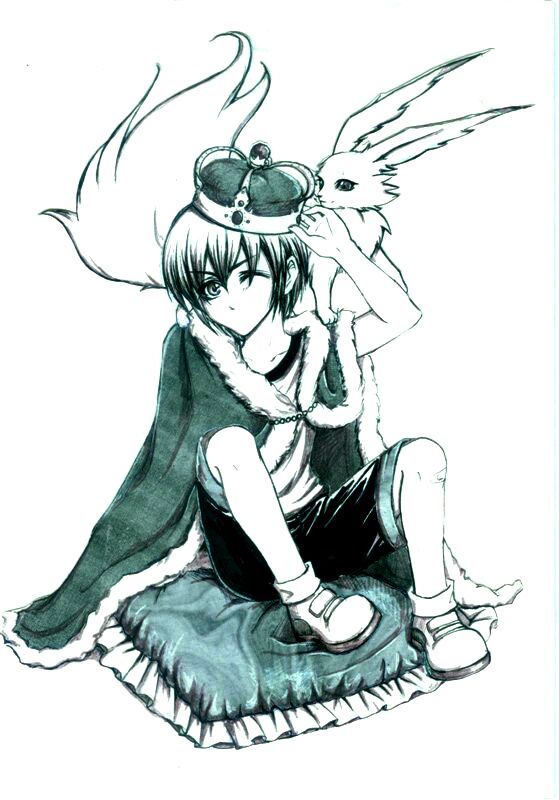
知贤之为明，辅贤之谓能，勉之强之，其福必长。